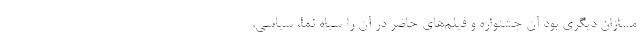
مسازان دیگری بود آن جشنواره و فیلم‌های حاضر در آن را سیاه نما، سیاسی،